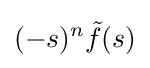
(-s)^{n}{\tilde {f}}(s)